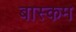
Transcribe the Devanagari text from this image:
बास्कम